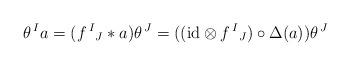
LaTeX: \begin{align*} \theta^{\,I}a = (f^{\,I}{}_J \ast a) \theta^{\,J} = ((\mbox{id}\otimes f^{\,I}{}_J) \circ \Delta(a)) \theta^{\,J}\end{align*}